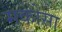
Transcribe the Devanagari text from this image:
मकोसा